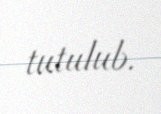
tutulub.